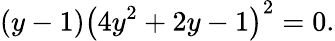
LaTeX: (y-1)\left(4y^{2}+2y-1\right)^{2}=0.